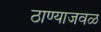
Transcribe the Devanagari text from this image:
ठाण्याजवळ